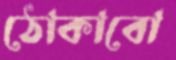
ঠোকাবো